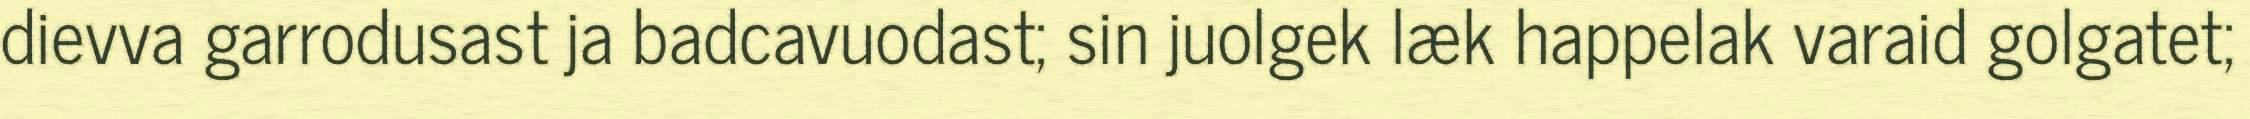
dievva garrodusast ja badcavuodast; sin juolgek læk happelak varaid golgatet;